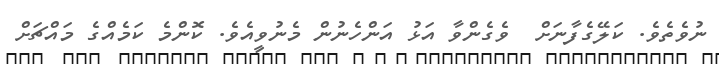
ނުވެތެވެ. ކަލޭގެފާނަށް  ވެގެންވާ އަޅު އަންހެނުން މެނުވީއެވެ. ކޮންމެ ކަމެއްގެ މައްޗަށް